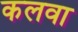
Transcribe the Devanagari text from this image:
कलवा